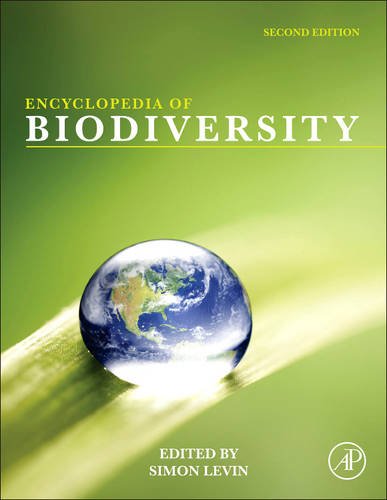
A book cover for Encyclopedia of Biodiversity: Encyclopedia of Biodiversity, 2nd Edition (7 Volume Set); Science & Math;